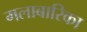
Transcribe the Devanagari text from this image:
मलाबारिका